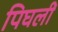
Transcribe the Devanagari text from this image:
पिघलीं